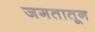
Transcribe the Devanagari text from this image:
जगतातून